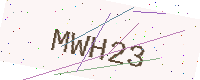
Text: MWH23